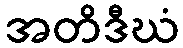
အတိဒီဃံ